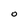
Character: 0